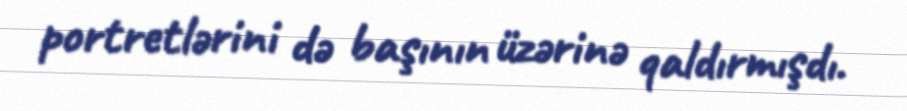
portretlərini də başının üzərinə qaldırmışdı.